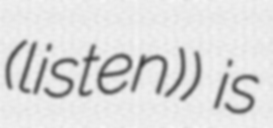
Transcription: (listen)) is